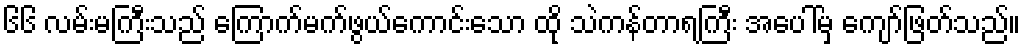
၆၆ လမ်းမကြီးသည် ကြောက်မက်ဖွယ်ကောင်းသော ထို သဲကန်တာရကြီး အပေါ်မှ ကျော်ဖြတ်သည်။